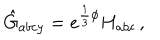
\hat { G } _ { a b c y } = e ^ { \frac { 1 } { 3 } \phi } H _ { a b c } \, ,